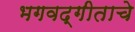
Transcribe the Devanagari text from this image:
भगवद्गीताचे